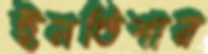
ইনতিশার